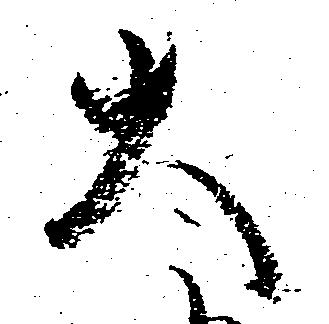
大